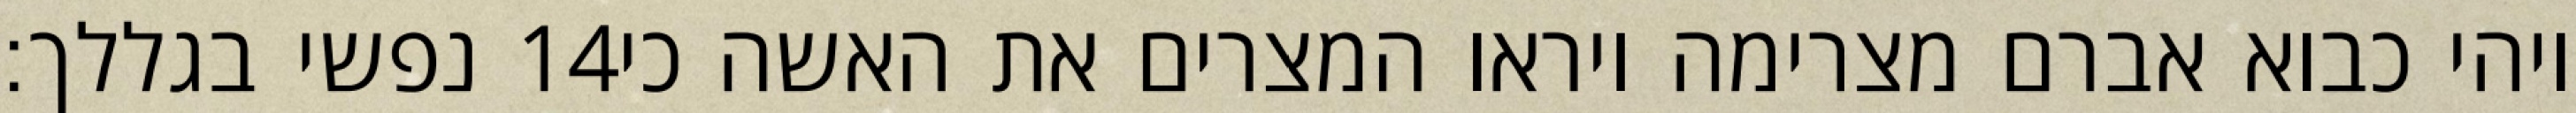
נפשי בגללך׃ ‎14‏ ויהי כבוא אברם מצרימה ויראו המצרים את האשה כי